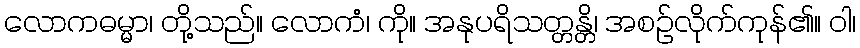
လောကဓမ္မာ၊ တို့သည်။ လောကံ၊ ကို။ အနုပရိသတ္တန္တိ၊ အစဉ်လိုက်ကုန်၏။ ဝါ၊